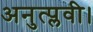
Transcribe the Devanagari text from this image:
अनुत्प्लवी।